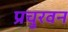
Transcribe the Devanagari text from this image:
प्रचुरवन